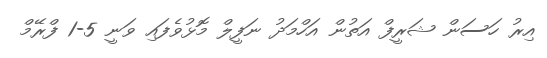
އިރު ހަސަން ޝަރީފް އަތުން އަހްމަދު ނަފީލް މޮޅުވެފައި ވަނީ 5-1 ފްރޭމް